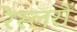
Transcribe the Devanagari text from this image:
रेस्लरों